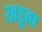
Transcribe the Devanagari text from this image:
खड़ुवा